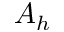
A _ { h }